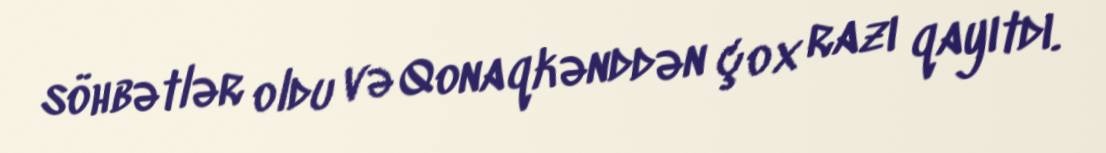
söhbətlər oldu və Qonaqkənddən çox razı qayıtdı.